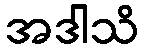
အဒါသိ